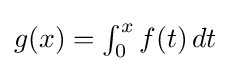
{\textstyle g(x)=\int _{0}^{x}f(t)\,dt}